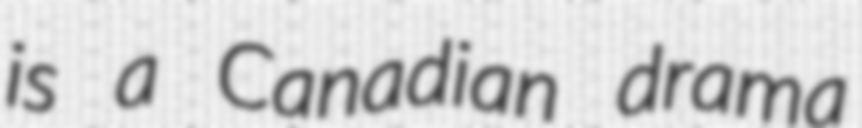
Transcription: is a Canadian drama